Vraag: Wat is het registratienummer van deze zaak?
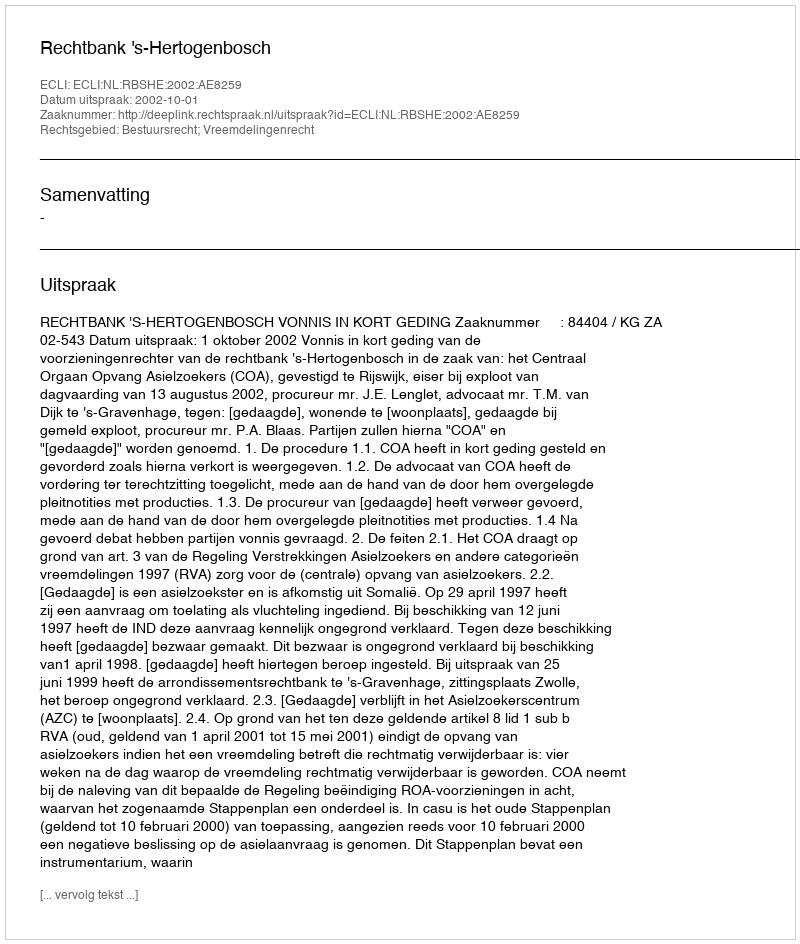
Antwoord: http://deeplink.rechtspraak.nl/uitspraak?id=ECLI:NL:RBSHE:2002:AE8259